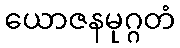
ယောဇနမုဂ္ဂတံ